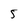
Character: 5